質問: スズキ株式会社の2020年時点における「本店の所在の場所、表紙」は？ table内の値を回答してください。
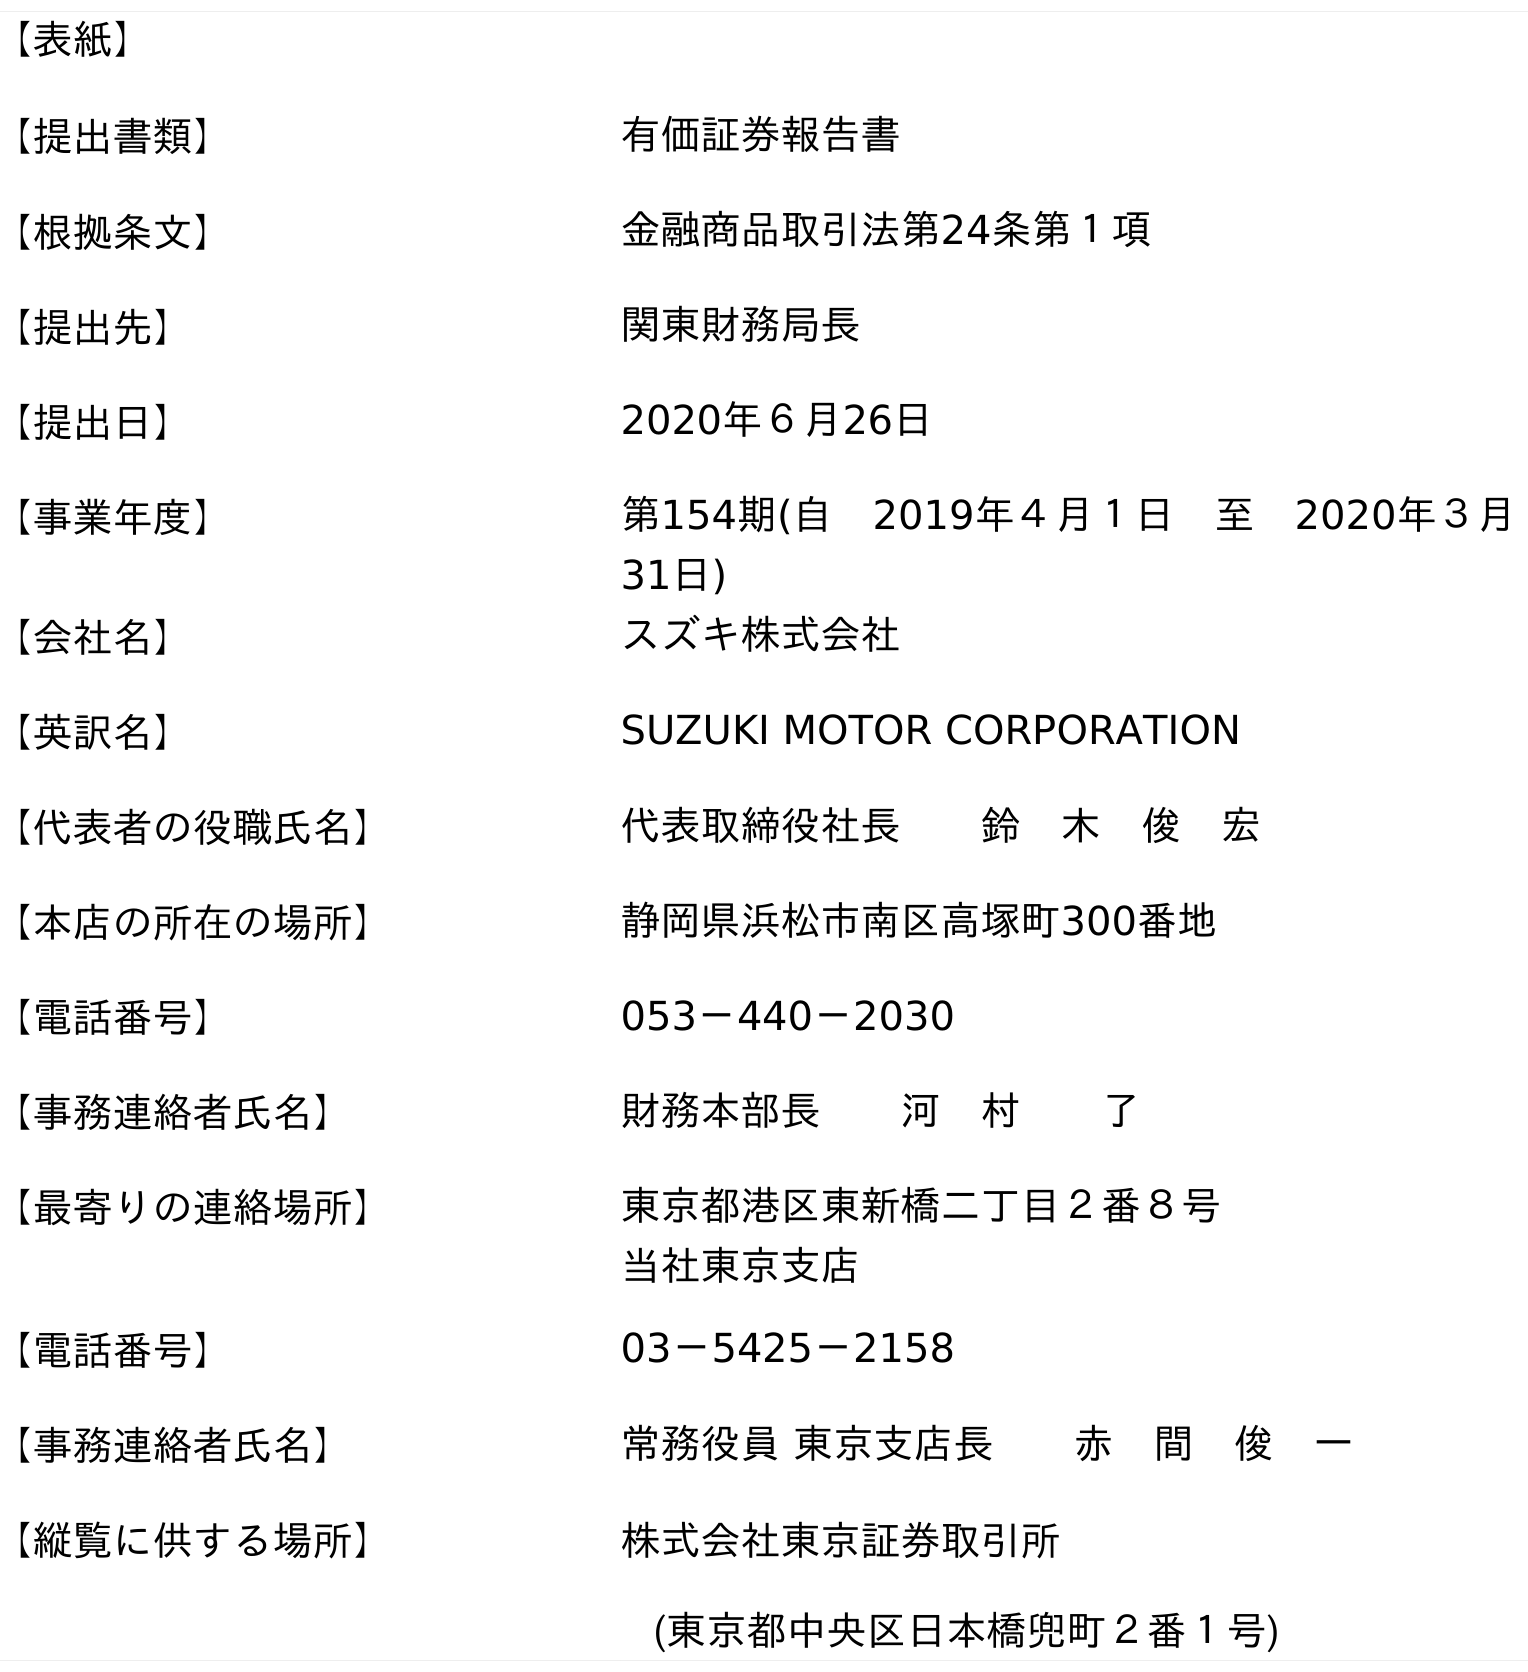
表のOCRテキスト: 【表紙】 【提出書類】 有価証券報告書 【根拠条文】 金融商品取引法第24条第１項 【提出先】 関東財務局長 【提出日】 2020年６月26日 【事業年度】 第154期(自 2019年４月１日 至 2020年３月 31日) 【会社名】 スズキ株式会社 【英訳名】 SUZUKI MOTOR CORPORATION 【代表者の役職氏名】 代表取締役社長  鈴 木 俊 宏 【本店の所在の場所】 静岡県浜松市南区高塚町300番地 【電話番号】 053－440－2030 【事務連絡者氏名】 財務本部長  河 村  了 【最寄りの連絡場所】 東京都港区東新橋二丁目２番８号 当社東京支店 【電話番号】 03－5425－2158 【事務連絡者氏名】 常務役員 東京支店長  赤 間 俊 一 【縦覧に供する場所】 株式会社東京証券取引所 (東京都中央区日本橋兜町２番１号)
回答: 静岡県浜松市南区高塚町300番地